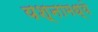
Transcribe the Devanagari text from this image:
यश्नामध्ये